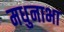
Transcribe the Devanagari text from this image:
मधुनाभा